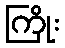
ကြိုး